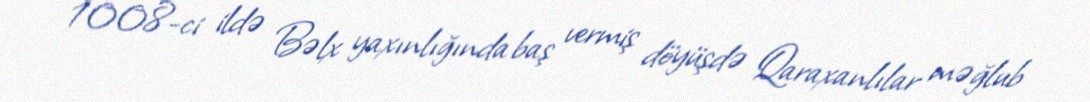
1008-ci ildə Bəlx yaxınlığında baş vermiş döyüşdə Qaraxanlılar məğlub